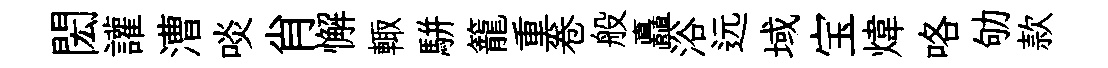
閎讙漕啖肖懈輙駢籠重卷般矗浴远域宝煒咯劬款